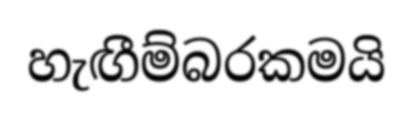
හැඟීම්බරකමයි